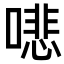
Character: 𠾦